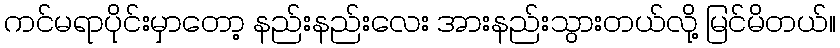
ကင်မရာပိုင်းမှာတော့ နည်းနည်းလေး အားနည်းသွားတယ်လို့ မြင်မိတယ်။